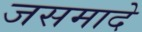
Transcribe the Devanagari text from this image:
जसमादे